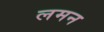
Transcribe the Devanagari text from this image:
लमन